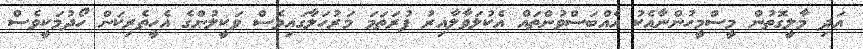
އަދި މާލީގޮތުން މީސްމީހުންނާއެކު އެއްބަސްވުންތައް އެކުލަވާލާއިރު ފުރަތަމަ މަރުހަލާގައިވެސް ވަކީލުންގެ އެހީތެރިކަން ހޯދުމަކީވެސް